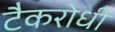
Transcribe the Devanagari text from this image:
टैकरोधी